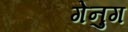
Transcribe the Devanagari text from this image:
गेनुग